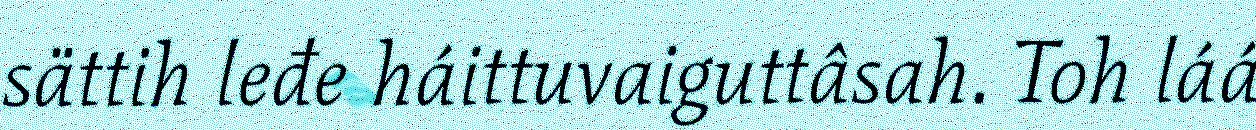
sättih leđe háittuvaiguttâsah. Toh láá